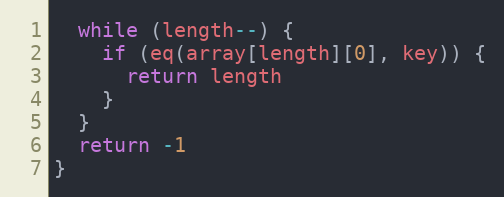
Language: JavaScript
  while (length--) {
    if (eq(array[length][0], key)) {
      return length
    }
  }
  return -1
}